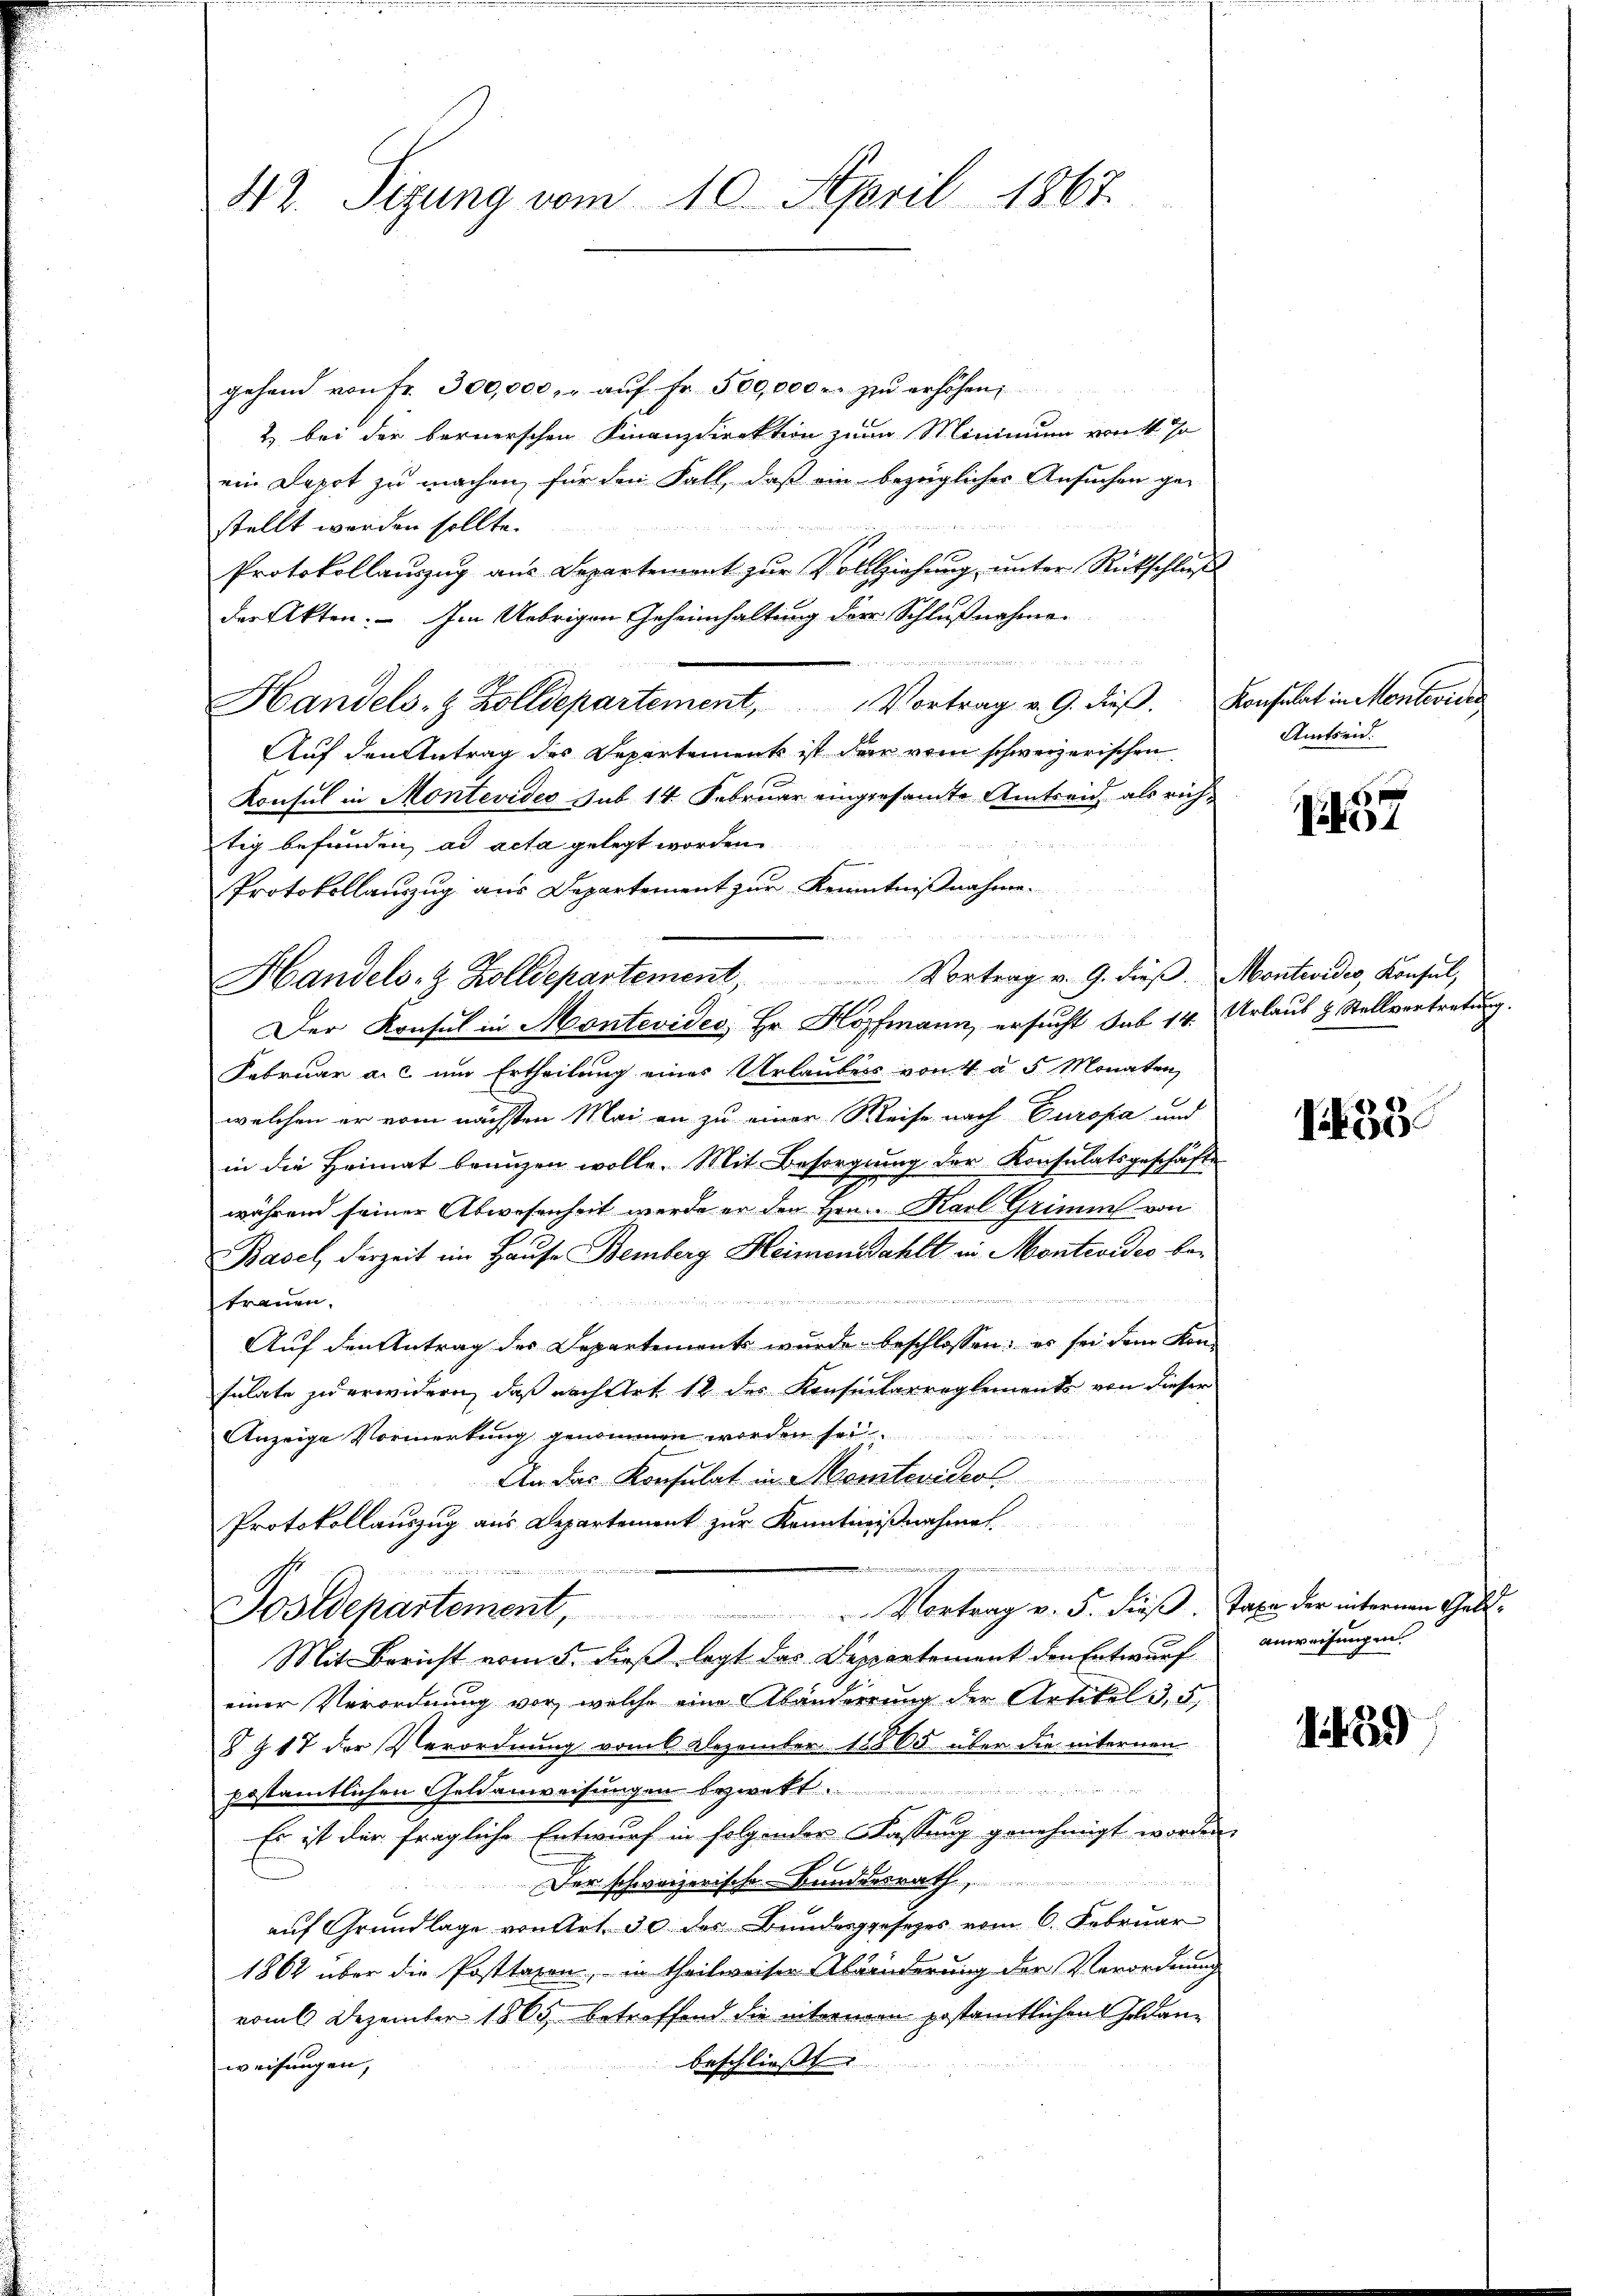
42. Sizung vom 10. April 1867.

gehend von fr. 300,000.- aŭf Fr. 500,000 r. zu erhöhen,
2) bei der bornerschen Finanzdirektion zum Minimum von 14. Jo
ein Depot zu machen, für den Fall, daß ein bezüglicher Ansuchen ge-
stellt werden sollte.
Protokollauszug aus Departement zur Vollziehung unter Rückschluß
der Akten. — Im Uebrigen Geheimhaltung der Schlußnahmen
r
Handels- & Zolldepartement, Vortrag v. 9. dieβ. Konsulat in Monteviden
Auf den Antrag des Departement ist der vom schweizerischen
Konsul in Montevider sub 14. Februar eingesamte Amtseid als richtig befunden, ad acta gelegt worden
Protokollauszug aus Departement zur Kenntnißnahme.
Der Konsul in Montevides Hr. Hoffmann, ersucht Sub 14. Urlaub & Stellvertretung.
Februar a. c. um Ertheilung eines Urlaubens von 4 a 5 Monaten,
welchen er vom nächsten Mai an zu einer Weise nach Europa und
in die Heimat beunzen wolle. Mit Besorgung der Konsulatsgeschäfte
Toggen
während seiner Abwesenheit werde er den Hrn. Karl Grimm von
Basel, derzeit im Hause Bemberg Heimenzahlt in Montevideo be¬

trauen.
Auf den Antrag des Departement wurde beschlossen: es sei dem Kon-
sulate zu erwidern, daß nach Art 12 der Konsentarreglemente von dieser
Anzeige Vormerkung genommen worden sei.
An das Konsulat in Montevideol
Protokollauszug aus Departement zur Kenntnißnahmen.

.
Sostdepartement, Vortrag v. 5. dieβ. Taxa der internen Geld-
Mit Bericht vom 5. dieß legt das Deppartement den Entwurf anweisungen
einer Verordnung vor, welche eine Abänderrung der Artikel 3, 5
§ Z 17 der Verordnung vom 6 Dezember 18865 über die internen
bestamtlichen Geldenweisungen bezweft
Es ist der fragliche Entwurf in folgender Fassung genehmigt worden.
Der schweizerische Bundesrath,
auf Grundlage von Art. 30 des Bundesgesetzes vom 6. Februar
1864 über die Posttaxen, in theilweiser Abänderung der Verordnung
vom 6. Dezember 1865 betreffend die internen gestamtlichen Geldanbeschließt:
weisungen,

e  den
Handels- & Zolldepartement, Vortrag v. 9. dieβ. Montevides, Konsul,

Amtseid.

1437

135

1429)